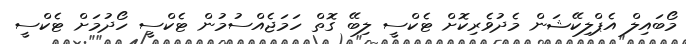
މޯބައިލް އެޕްލިކޭޝަން މެދުވެރިކޮށް ޓެކްސީ ލިބޭ ގޮތް ހަމަޖެއްސުމުން ޓެކްސީ ހޯދުމަށް ޓެކްސީ